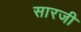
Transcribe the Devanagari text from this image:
सारजी